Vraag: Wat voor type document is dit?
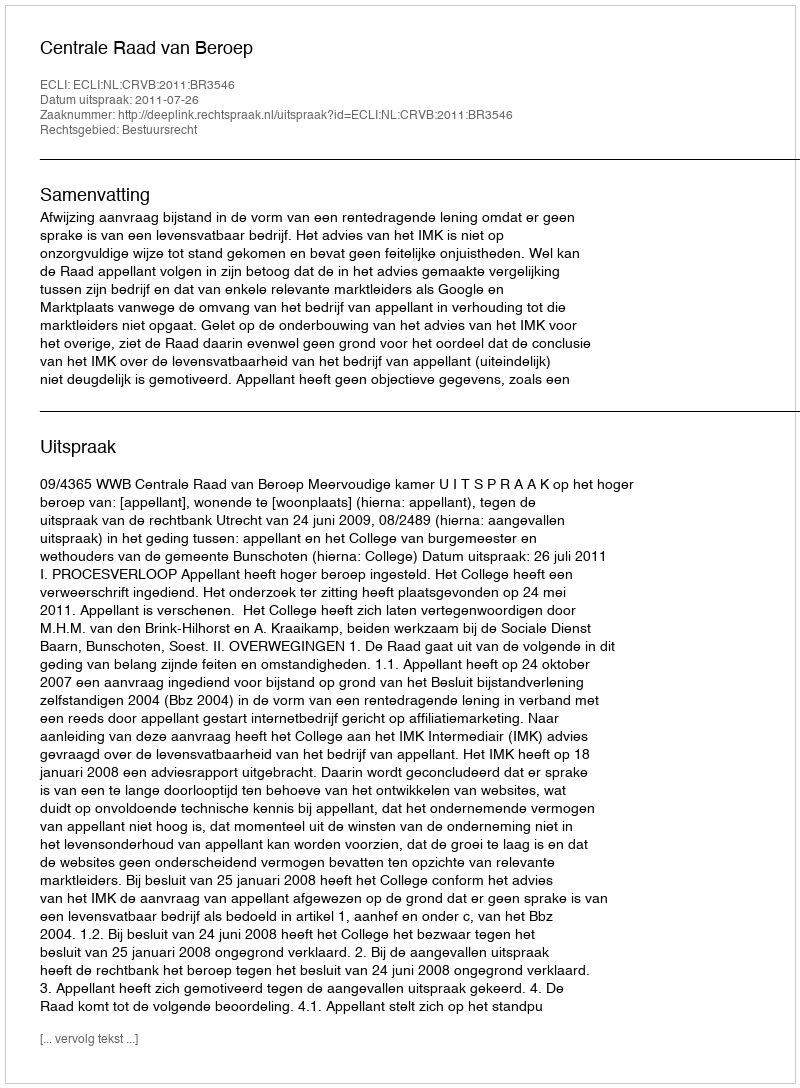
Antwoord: Uitspraak